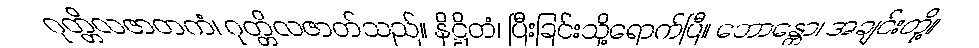
ဂုတ္တိလဇာတကံ၊ ဂုတ္တိလဇာတ်သည်။ နိဋ္ဌိတံ၊ ပြီးခြင်းသို့ရောက်ပြီ။ ဘောန္တော၊ အချင်းတို့။